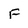
Character: F